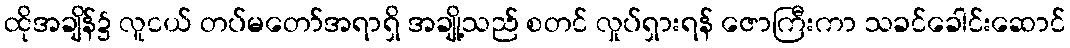
ထိုအချိန်၌ လူငယ် တပ်မတော်အရာရှိ အချို့သည် စတင် လှုပ်ရှားရန် ဇောကြီးကာ သခင်ခေါင်းဆောင်